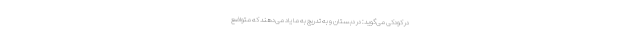
در کودکی می‌گوید: در دبستان و به تدریج به ما یاد می‌دهند که متواضع